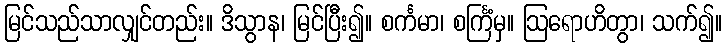
မြင်သည်သာလျှင်တည်း။ ဒိသွာန၊ မြင်ပြီး၍။ စင်္ကမာ၊ စင်္ကြံမှ။ ဩရောဟိတွာ၊ သက်၍။